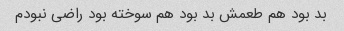
بد بود هم طعمش بد بود هم سوخته بود راضی نبودم